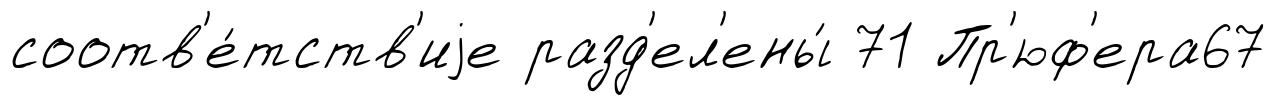
соотв'е́тств'иjе разд'ел'ены́ 71 Пр'юф'ера67